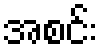
အစင်း